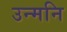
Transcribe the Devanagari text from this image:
उन्मनि